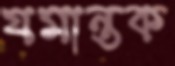
যমান্তক